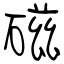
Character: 磁